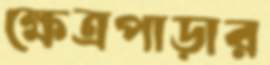
ক্ষেত্রপাড়ার